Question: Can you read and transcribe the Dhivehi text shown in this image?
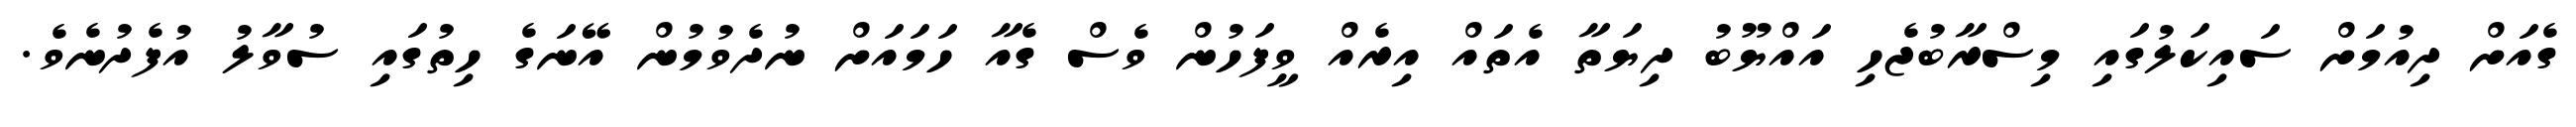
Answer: ގެއަށް ދިއުމަށް ސައިކަލުގައި މިސްރާބުޖެހި އައްޔޫބު ދިޔަތާ އެތައް އިރެއް ވީފަހުން ވެސް ގެއާ ހަމައަށް ނުދެވުމުން އޭނަގެ ހިތުގައި ސުވާލު އުފެދުނެވެ.